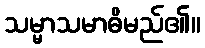
သမ္မာသမာဓိမည်၏။